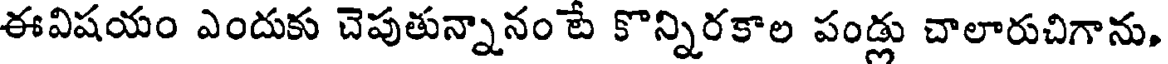
ఈవిషయం ఎందుకు చెపుతున్నానం టే కొన్నిరకాల పండ్లు చాలారుచిగాను,